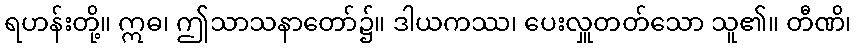
ရဟန်းတို့။ ဣဓ၊ ဤသာသနာတော်၌။ ဒါယကဿ၊ ပေးလှူတတ်သော သူ၏။ တီဏိ၊